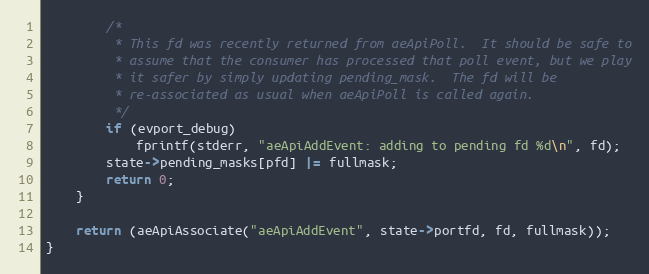
Language: C
        /*
         * This fd was recently returned from aeApiPoll.  It should be safe to
         * assume that the consumer has processed that poll event, but we play
         * it safer by simply updating pending_mask.  The fd will be
         * re-associated as usual when aeApiPoll is called again.
         */
        if (evport_debug)
            fprintf(stderr, "aeApiAddEvent: adding to pending fd %d\n", fd);
        state->pending_masks[pfd] |= fullmask;
        return 0;
    }

    return (aeApiAssociate("aeApiAddEvent", state->portfd, fd, fullmask));
}